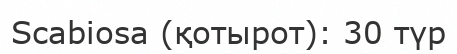
Scabiosa (қотырот): 30 түр